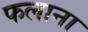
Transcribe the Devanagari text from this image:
फलाना